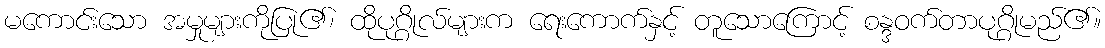
မကောင်းသော အမှုများကိုပြု၏၊ ထိုပုဂ္ဂိုလ်များက ရေးကောက်နှင့် တူသောကြောင့် စန္ဒဝက်တာပုဂ္ဂိုမည်၏။